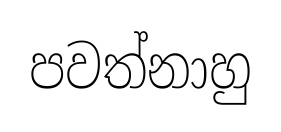
පවත්නාහු